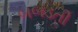
બબડતી